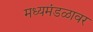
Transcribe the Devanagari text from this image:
मध्यमंडळावर